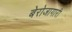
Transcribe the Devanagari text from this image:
बेरोजागारी